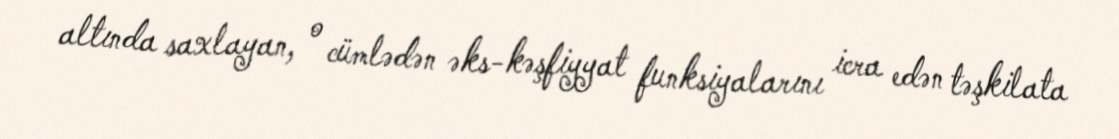
altında saxlayan, o cümlədən əks-kəşfiyyat funksiyalarını icra edən təşkilata